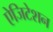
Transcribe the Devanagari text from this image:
ऐजिटेशन